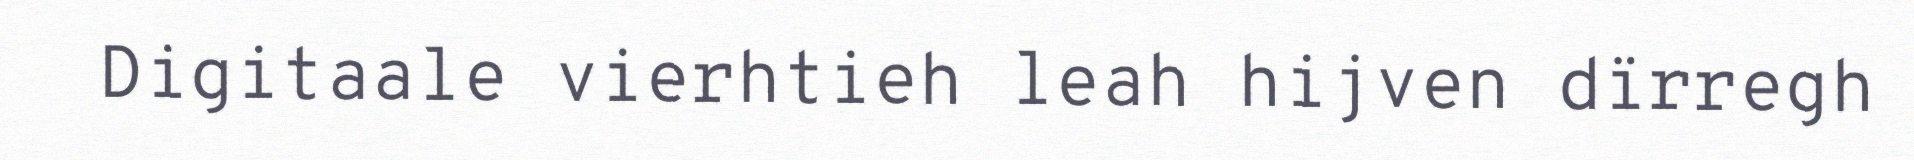
Digitaale vierhtieh leah hijven dïrregh